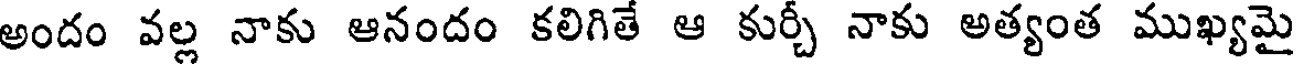
అందం వల్ల నాకు ఆనందం కలిగితే ఆ కుర్చీ నాకు అత్యంత ముఖ్యమై